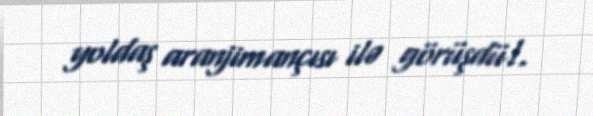
yoldaş aranjimançısı ilə görüşdü!.